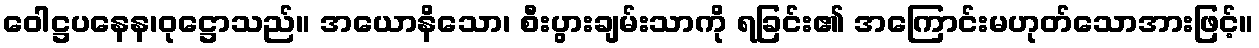
ဝေါဋ္ဌပနေန၊ဝုဋ္ဌောသည်။ အယောနိသော၊ စီးပွားချမ်းသာကို ရခြင်း၏ အကြောင်းမဟုတ်သောအားဖြင့်။